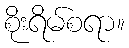
စိုးရိမ်စရာ။